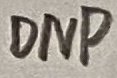
Text: DNP